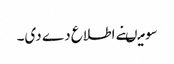
سو میںنے اطلاع دے دی۔